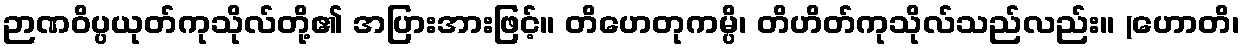
ဉာဏဝိပ္ပယုတ်ကုသိုလ်တို့၏ အပြားအားဖြင့်။ တိဟေတုကမ္ပိ၊ တိဟိတ်ကုသိုလ်သည်လည်း။ (ဟောတိ၊